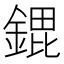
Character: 𮢠